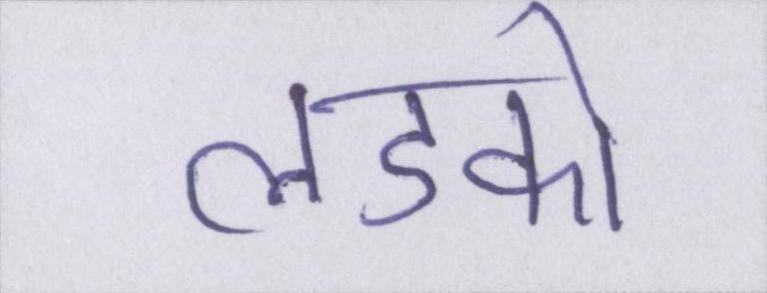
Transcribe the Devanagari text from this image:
लडको